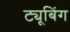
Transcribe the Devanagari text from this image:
ट्यूबिंग